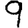
Digit: 9